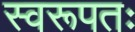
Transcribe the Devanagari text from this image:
स्वरूपतः